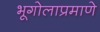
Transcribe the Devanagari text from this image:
भूगोलाप्रमाणे